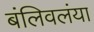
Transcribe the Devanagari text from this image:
बंलिवलंया